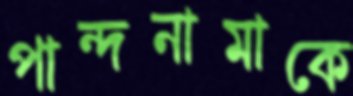
পান্দনামাকে